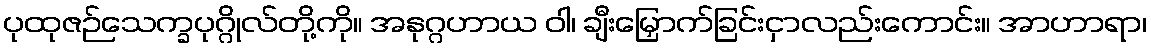
ပုထုဇဉ်သေက္ခပုဂ္ဂိုလ်တို့ကို။ အနုဂ္ဂဟာယ ဝါ၊ ချီးမြှောက်ခြင်းငှာလည်းကောင်း။ အာဟာရာ၊